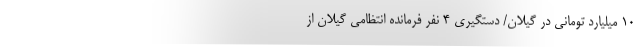
10 میلیارد تومانی در گیلان/ دستگیری 4 نفر فرمانده انتظامی گیلان از